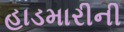
હાડમારીની